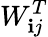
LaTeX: W_{\mathbf{i}j}^{T}